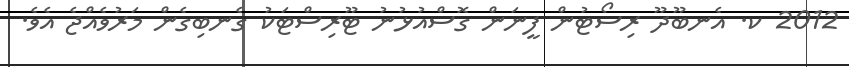
2012 ކ. އެނބޫދޫ ރިސޯޓުން ފީނަން ގޮސްއުޅުނު ޓޫރިސްޓަކު ގެނބިގެން މަރުވެއްޖެ އެވެ.